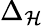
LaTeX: \Delta_{\mathcal{H}}